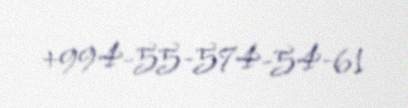
+994-55-574-54-61